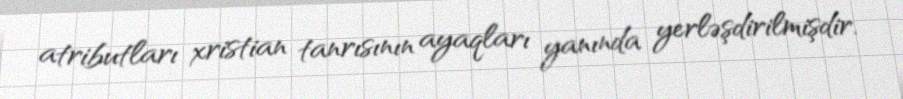
atributları xristian tanrısının ayaqları yanında yerləşdirilmişdir.